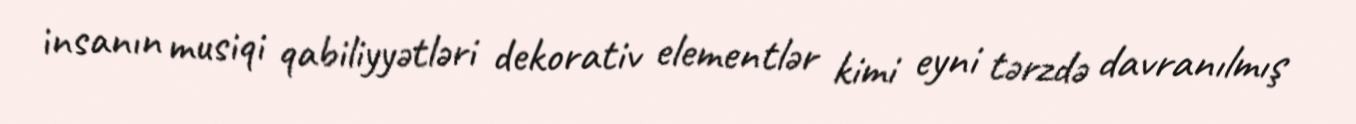
insanın musiqi qabiliyyətləri dekorativ elementlər kimi eyni tərzdə davranılmış